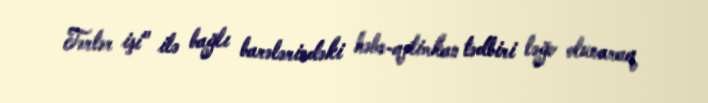
Tərtər işi" ilə bağlı barələrindəki həbs-qətimkan tədbiri ləğv olunaraq